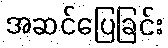
အဆင်ပြေခြင်း